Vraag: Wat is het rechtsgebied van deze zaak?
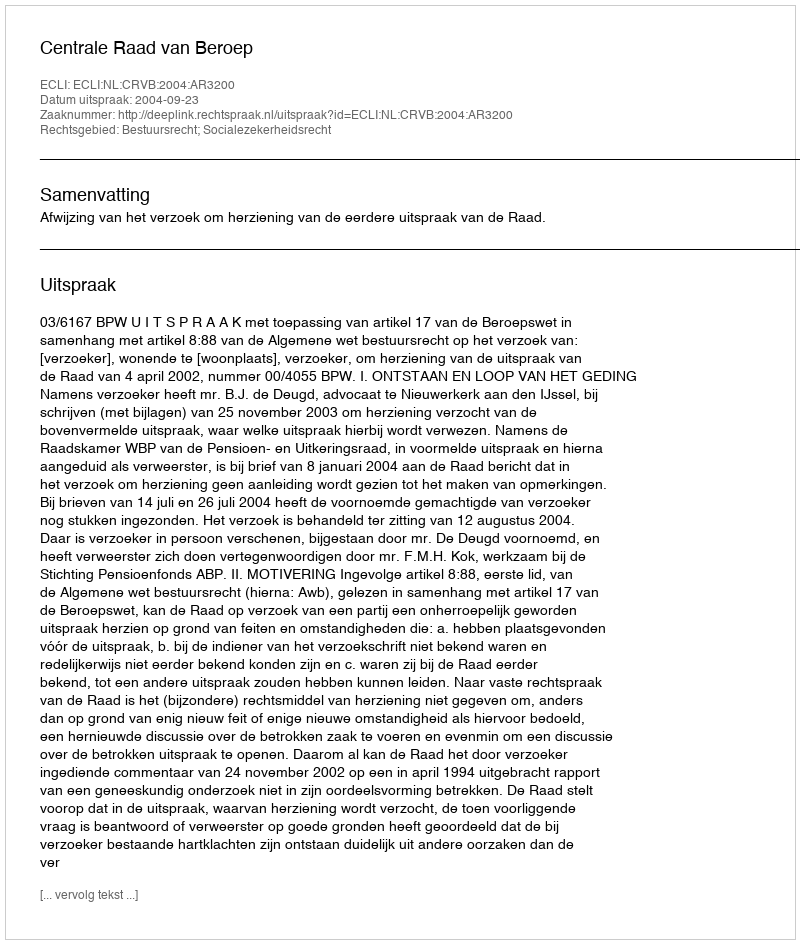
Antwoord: Bestuursrecht; Socialezekerheidsrecht